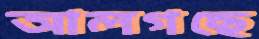
আলগছে